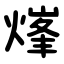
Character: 㷨